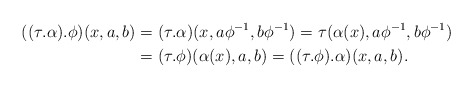
\begin{align*}((\tau.\alpha).\phi)(x,a,b)&=(\tau.\alpha)(x,a\phi^{-1},b\phi^{-1})=\tau(\alpha(x),a\phi^{-1},b\phi^{-1})\\&=(\tau.\phi)(\alpha(x),a,b)=((\tau.\phi).\alpha)(x,a,b).\end{align*}